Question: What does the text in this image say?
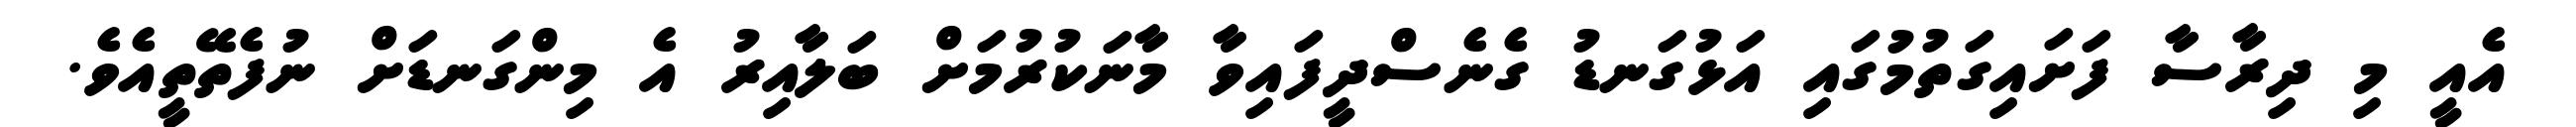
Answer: އެއީ މި ދިރާސާ ފަށައިގަތުމުގައި އަޅުގަނޑު ގެނެސްދީފައިވާ މާނަކުރުމަށް ބަލާއިރު އެ މިންގަނޑަށް ނުފެތޭތީއެވެ.